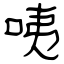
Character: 咦